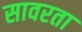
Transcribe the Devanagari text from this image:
सावरता